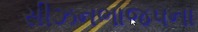
સીઝનભાજપના